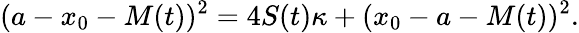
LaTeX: (a-x_{0}-M(t))^{2}=4S(t)\kappa+(x_{0}-a-M(t))^{2}.